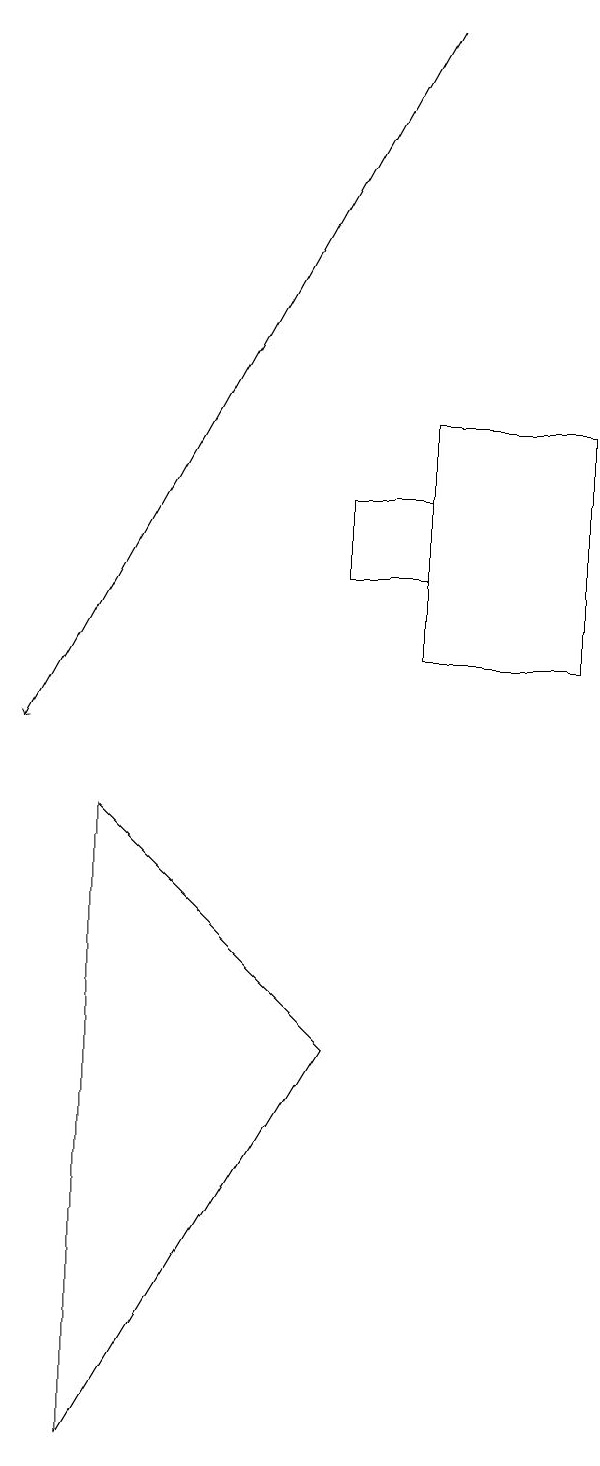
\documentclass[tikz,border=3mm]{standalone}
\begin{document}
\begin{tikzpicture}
\draw[->] (7,19) -- (2,10);
\draw (3,9) -- (3,1) -- (6,6) -- cycle;
\draw (6,13) rectangle (7,12);
\draw (7,14) rectangle (9,11);
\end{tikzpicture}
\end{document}